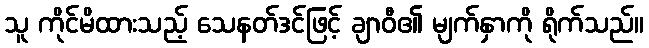
သူ ကိုင်မိထားသည့် သေနတ်ဒင်ဖြင့် ချာဝီ၏ မျက်နှာကို ရိုက်သည်။